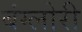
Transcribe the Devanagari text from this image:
बंग्लोरी